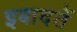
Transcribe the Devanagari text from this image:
इबादतें